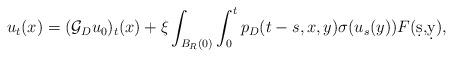
LaTeX: \begin{align*}u_t(x)= (\mathcal{G}_{D} u_0)_t (x)+ \xi \int_{B_R(0)}\int_{0}^{t} p_D (t-s,x,y)\sigma(u_s(y))F(\d s{,} \d y),\end{align*}